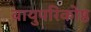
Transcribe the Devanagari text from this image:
वायुपरिकोष्ठ